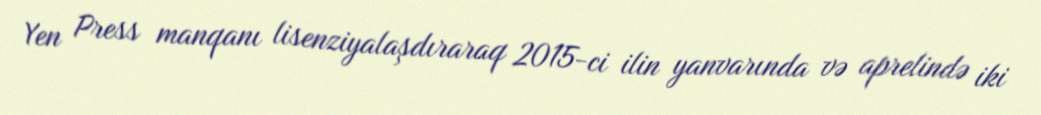
Yen Press manqanı lisenziyalaşdıraraq 2015-ci ilin yanvarında və aprelində iki